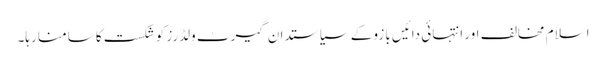
اسلام مخالف اور انتہائی دائیں بازو کے سیاستدان گیرٹ وِلڈرز کو شکست کا سامنا رہا۔